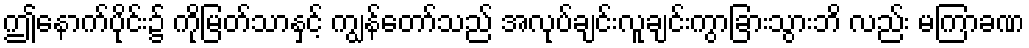
ဤနောက်ပိုင်း၌ ကိုမြတ်သာနှင့် ကျွန်တော်သည် အလုပ်ချင်းလူချင်းကွာခြားသွားဘိ လည်း မကြာခဏ